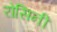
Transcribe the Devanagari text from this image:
रोसिनी